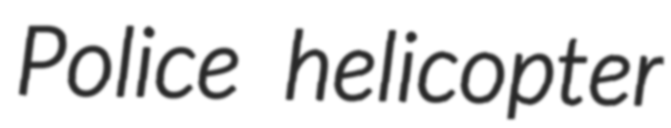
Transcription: Police helicopter